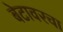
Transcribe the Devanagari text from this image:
बेटावरचा